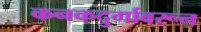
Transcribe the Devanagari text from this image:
कनकदुर्गावरून